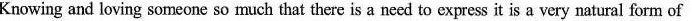
Knowing and loving someone so much that there is a need to express it is a very natural form of